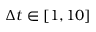
\Delta t \in [ 1 , 1 0 ]